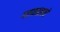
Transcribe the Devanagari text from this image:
गतकाळाचे